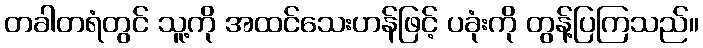
တခါတရံတွင် သူ့ကို အထင်သေးဟန်ဖြင့် ပခုံးကို တွန့်ပြကြသည်။